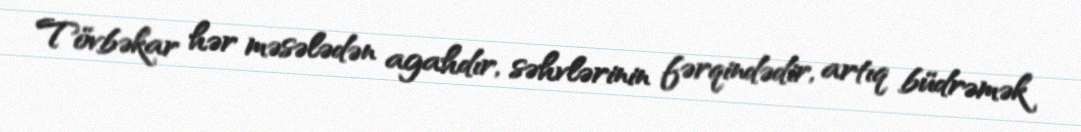
Tövbəkar hər məsələdən agahdır, səhvlərinin fərqindədir, artıq büdrəmək